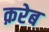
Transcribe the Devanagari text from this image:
क़रेब